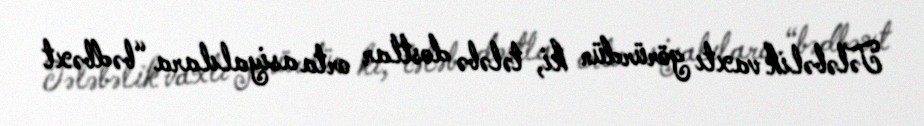
Tələbəlik vaxtı görürdün ki, tələbə dostlar orta asiyalılara “bədbəxt